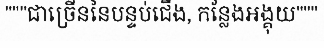
"""ជាច្រើននៃបន្ទប់ជើង, កន្លែងអង្គុយ"""